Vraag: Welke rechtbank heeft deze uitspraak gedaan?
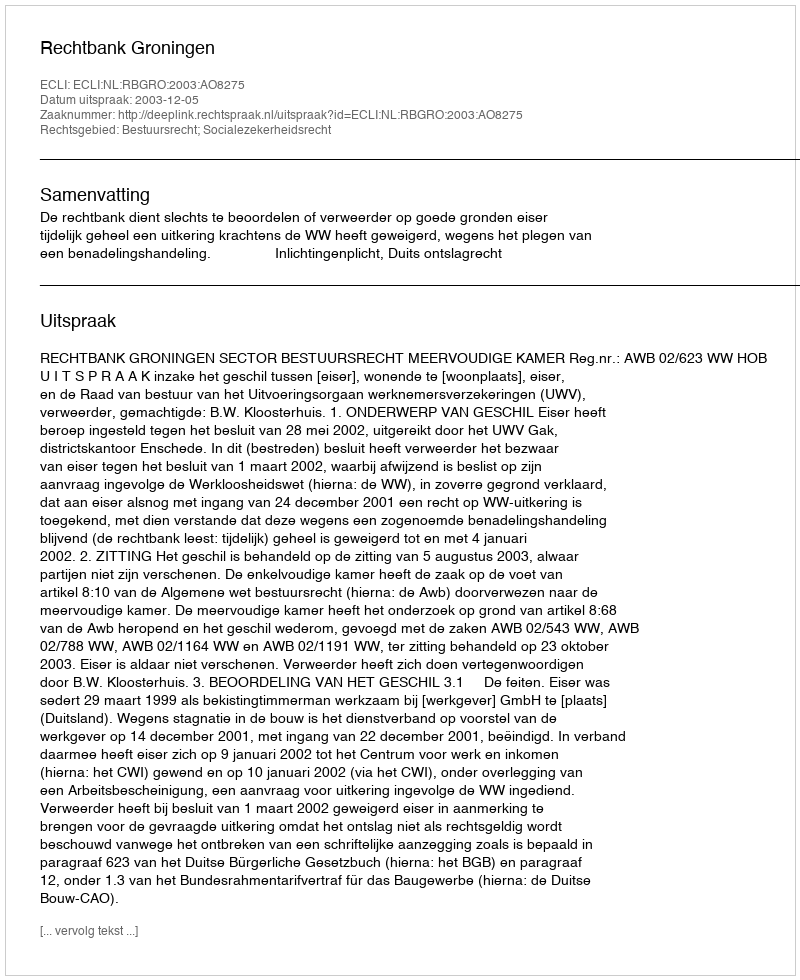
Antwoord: Rechtbank Groningen